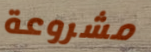
مشروعة